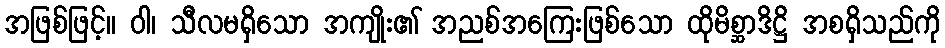
အဖြစ်ဖြင့်။ ဝါ၊ သီလမရှိသော အကျိုး၏ အညစ်အကြေးဖြစ်သော ထိုမိစ္ဆာဒိဋ္ဌိ အစရှိသည်ကို